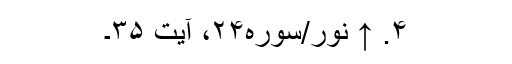
۴. ↑ نور/سوره۲۴، آیت ۳۵۔